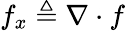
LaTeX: f_{x}\triangleq\nabla\cdot f